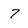
Character: 7